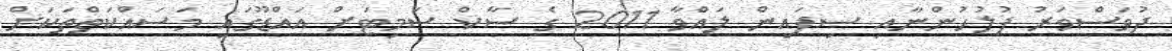
ދުވަސްވަރު ފުލުހުންނާއި ސިފައިން ލައްވާ 2011 ގެ ސާކް ސަމިޓަށް އައްޑޫގައި މަސައްކަތްތަކަށް